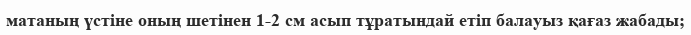
матаның үстіне оның шетінен 1-2 см асып тұратындай етіп балауыз қағаз жабады;